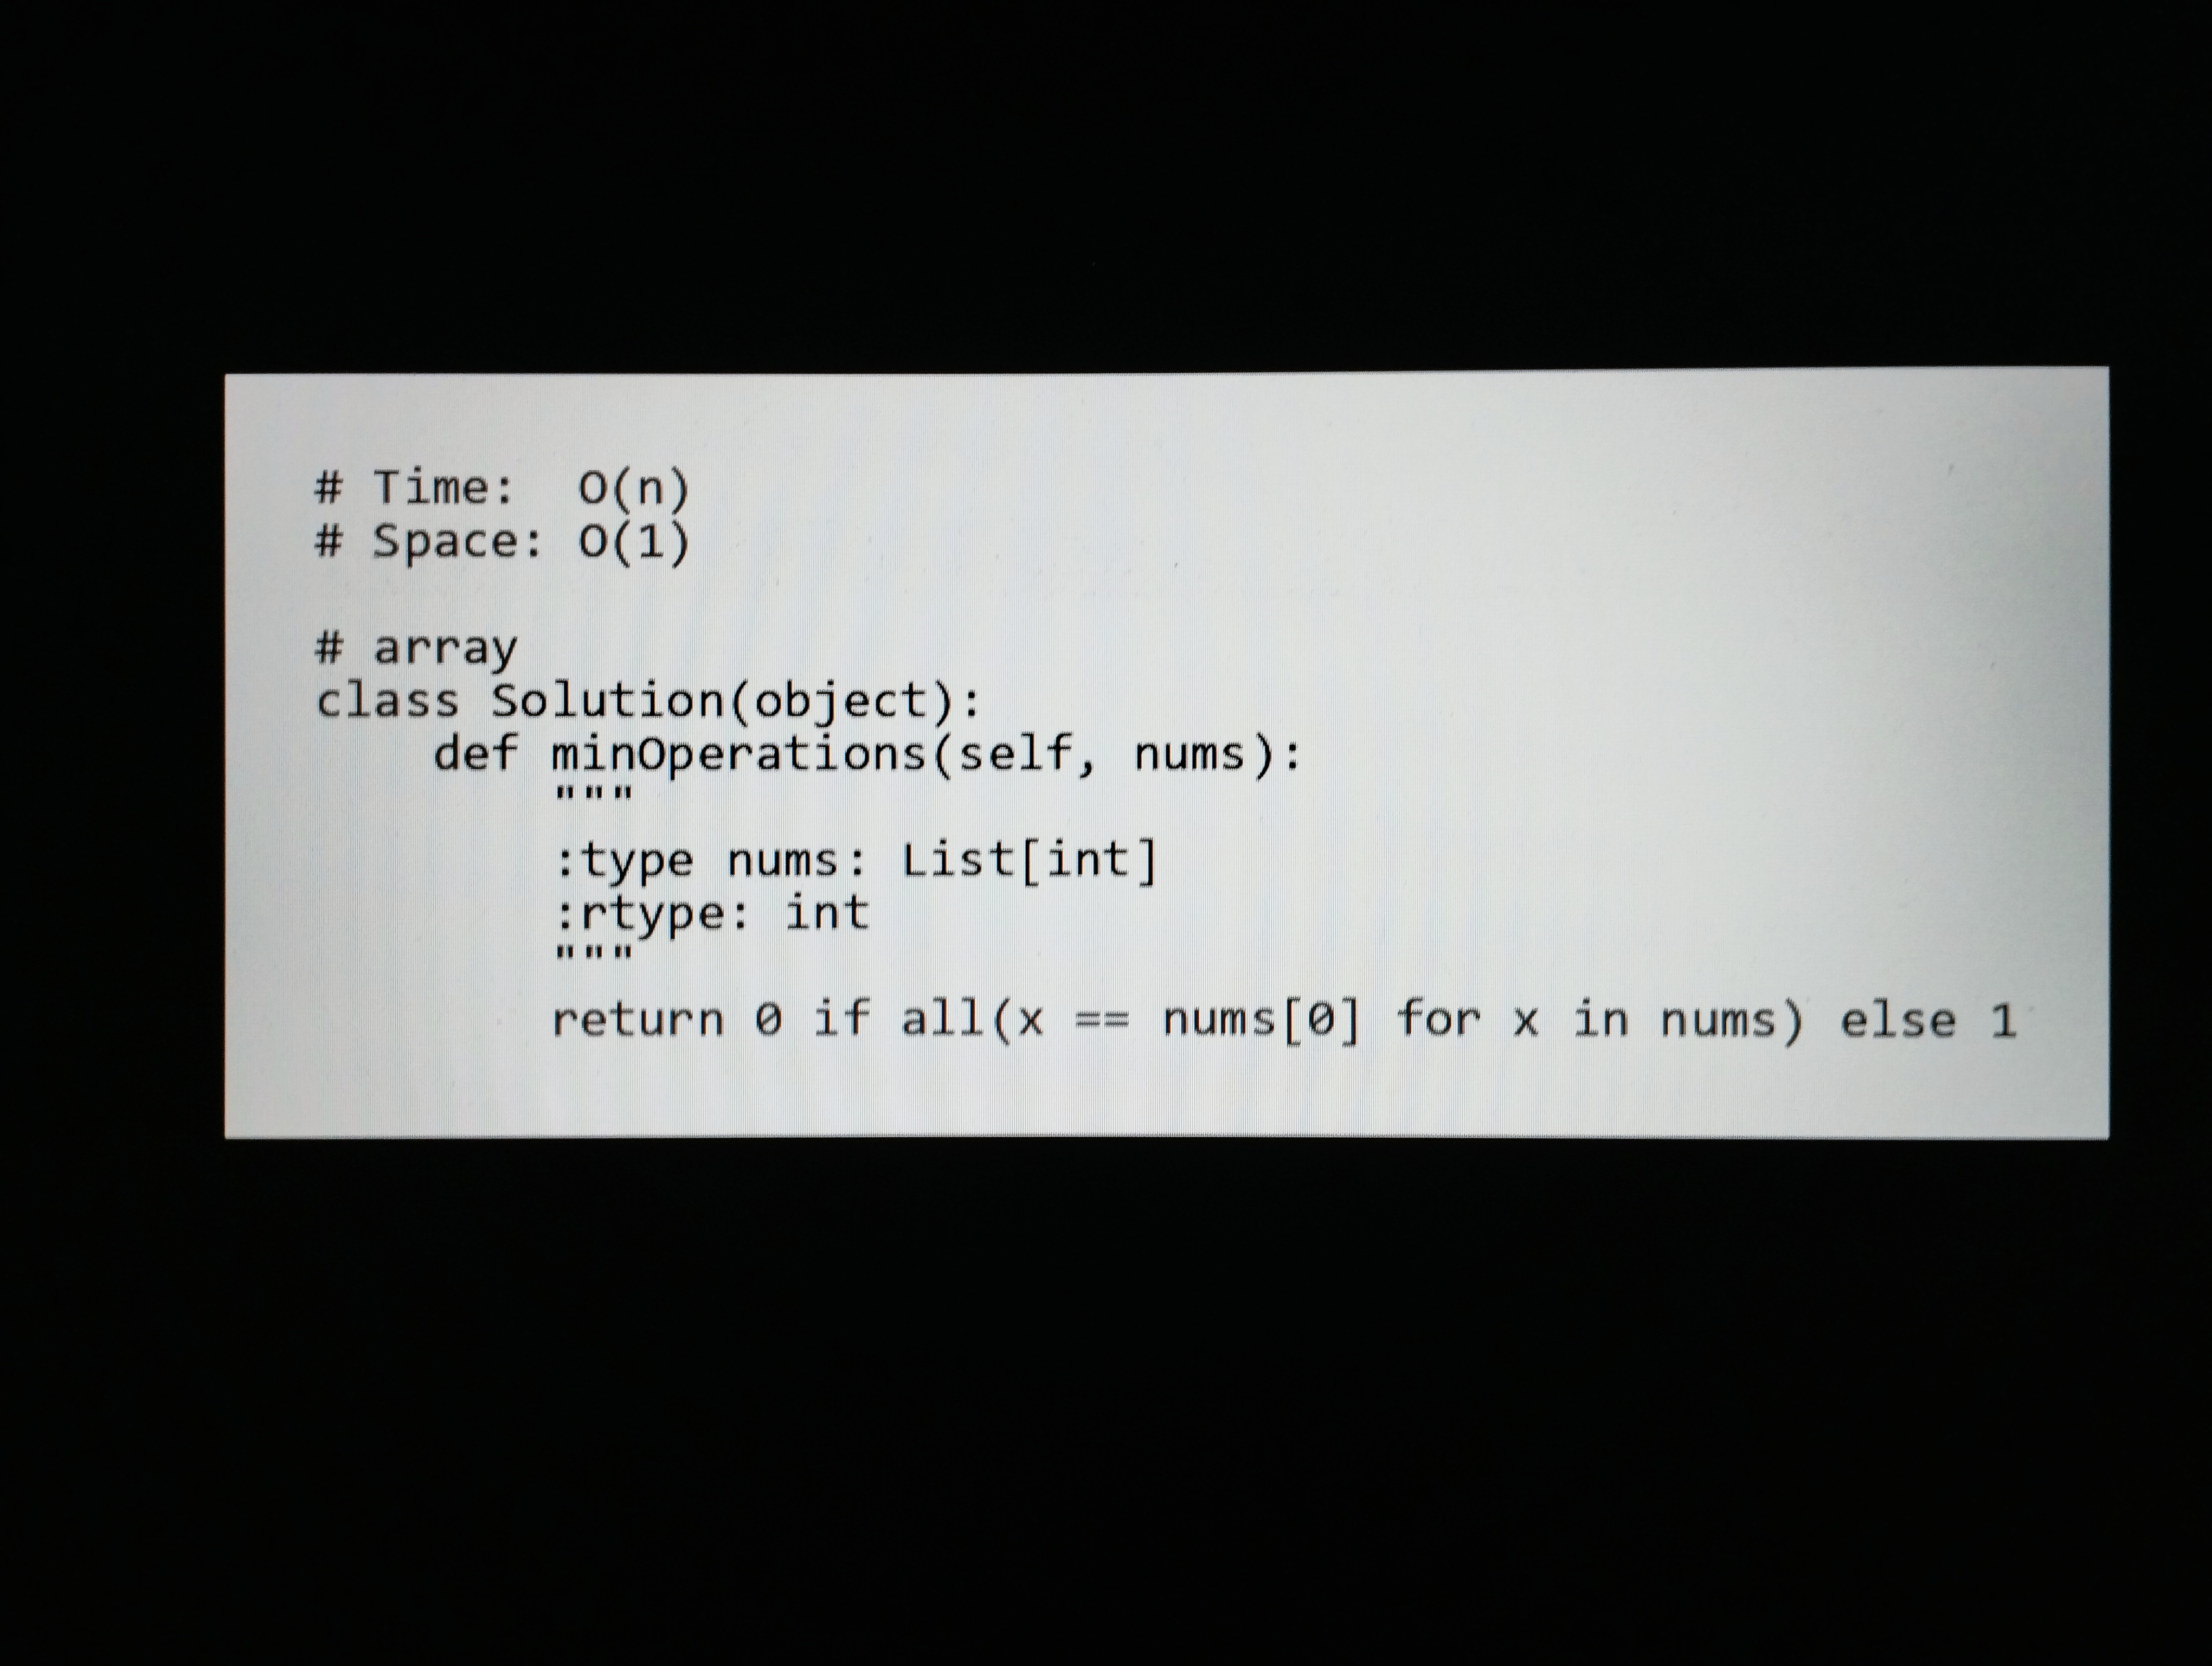
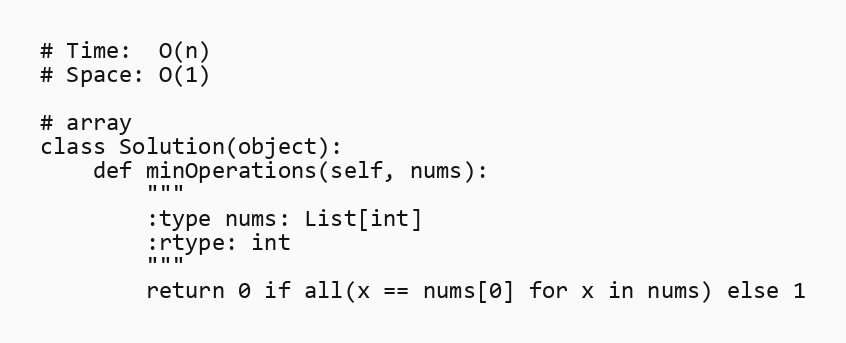
# Time:  O(n)
# Space: O(1)

# array
class Solution(object):
    def minOperations(self, nums):
        """
        :type nums: List[int]
        :rtype: int
        """
        return 0 if all(x == nums[0] for x in nums) else 1